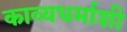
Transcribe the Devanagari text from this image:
काव्यधर्माशी